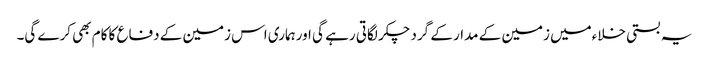
یہ بستی خلاءمیں زمین کے مدار کے گرد چکر لگاتی رہے گی اورہماری اس زمین کے دفاع کا کام بھی کرے گی۔